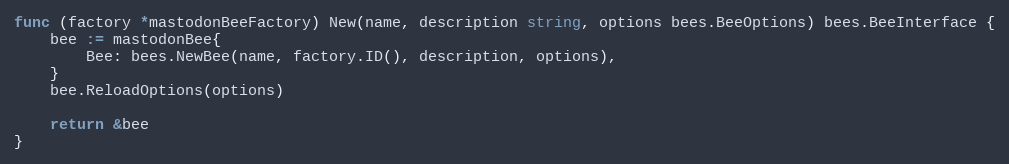
Language: Go
func (factory *mastodonBeeFactory) New(name, description string, options bees.BeeOptions) bees.BeeInterface {
	bee := mastodonBee{
		Bee: bees.NewBee(name, factory.ID(), description, options),
	}
	bee.ReloadOptions(options)

	return &bee
}